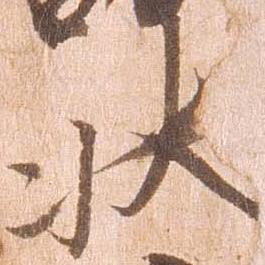
状